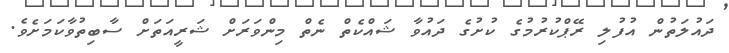
ދައުލަތުން އުފުލި ރޭޕްކުރުމުގެ ކުށުގެ ދައުވާ ޝައްކެތް ނެތް މިންވަރަށް ޝަރީއަތަށް ސާބިތުވާކަމަށެވެ.